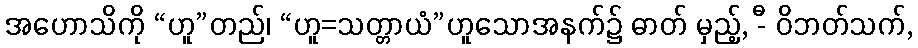
အဟောသိကို “ဟူ”တည်၊ “ဟူ=သတ္တာယံ”ဟူသောအနက်၌ ဓာတ် မှည့်, -ီ ဝိဘတ်သက်,